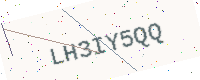
Text: LH3IY5QQ